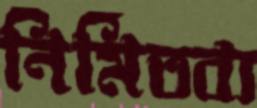
নির্মিতব্য